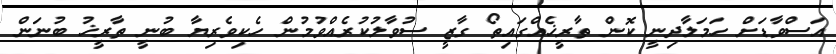
އަސްވާޑަށް ހަމަލާދިނީ ކޮން ތާރީޚެއްގައިތޯ ގާޒީ ސުވާލުކުރެއްވުމުން ހެކިވެރިޔާ ބުނީ ތާރީޚު ބުނަން